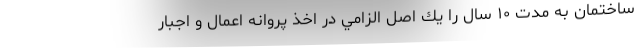
ساختمان به مدت ١٠ سال را يك اصل الزامي در اخذ پروانه اعمال و اجبار